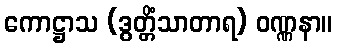
ကောဋ္ဌာသ (ဒွတ္တိံသာတာရ) ဝဏ္ဏနာ။